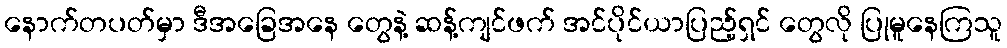
နောက်တပတ်မှာ ဒီအခြေအနေ တွေနဲ့ ဆန့်ကျင်ဖက် အင်ပိုင်ယာပြည့်ရှင် တွေလို ပြုမူနေကြသူ